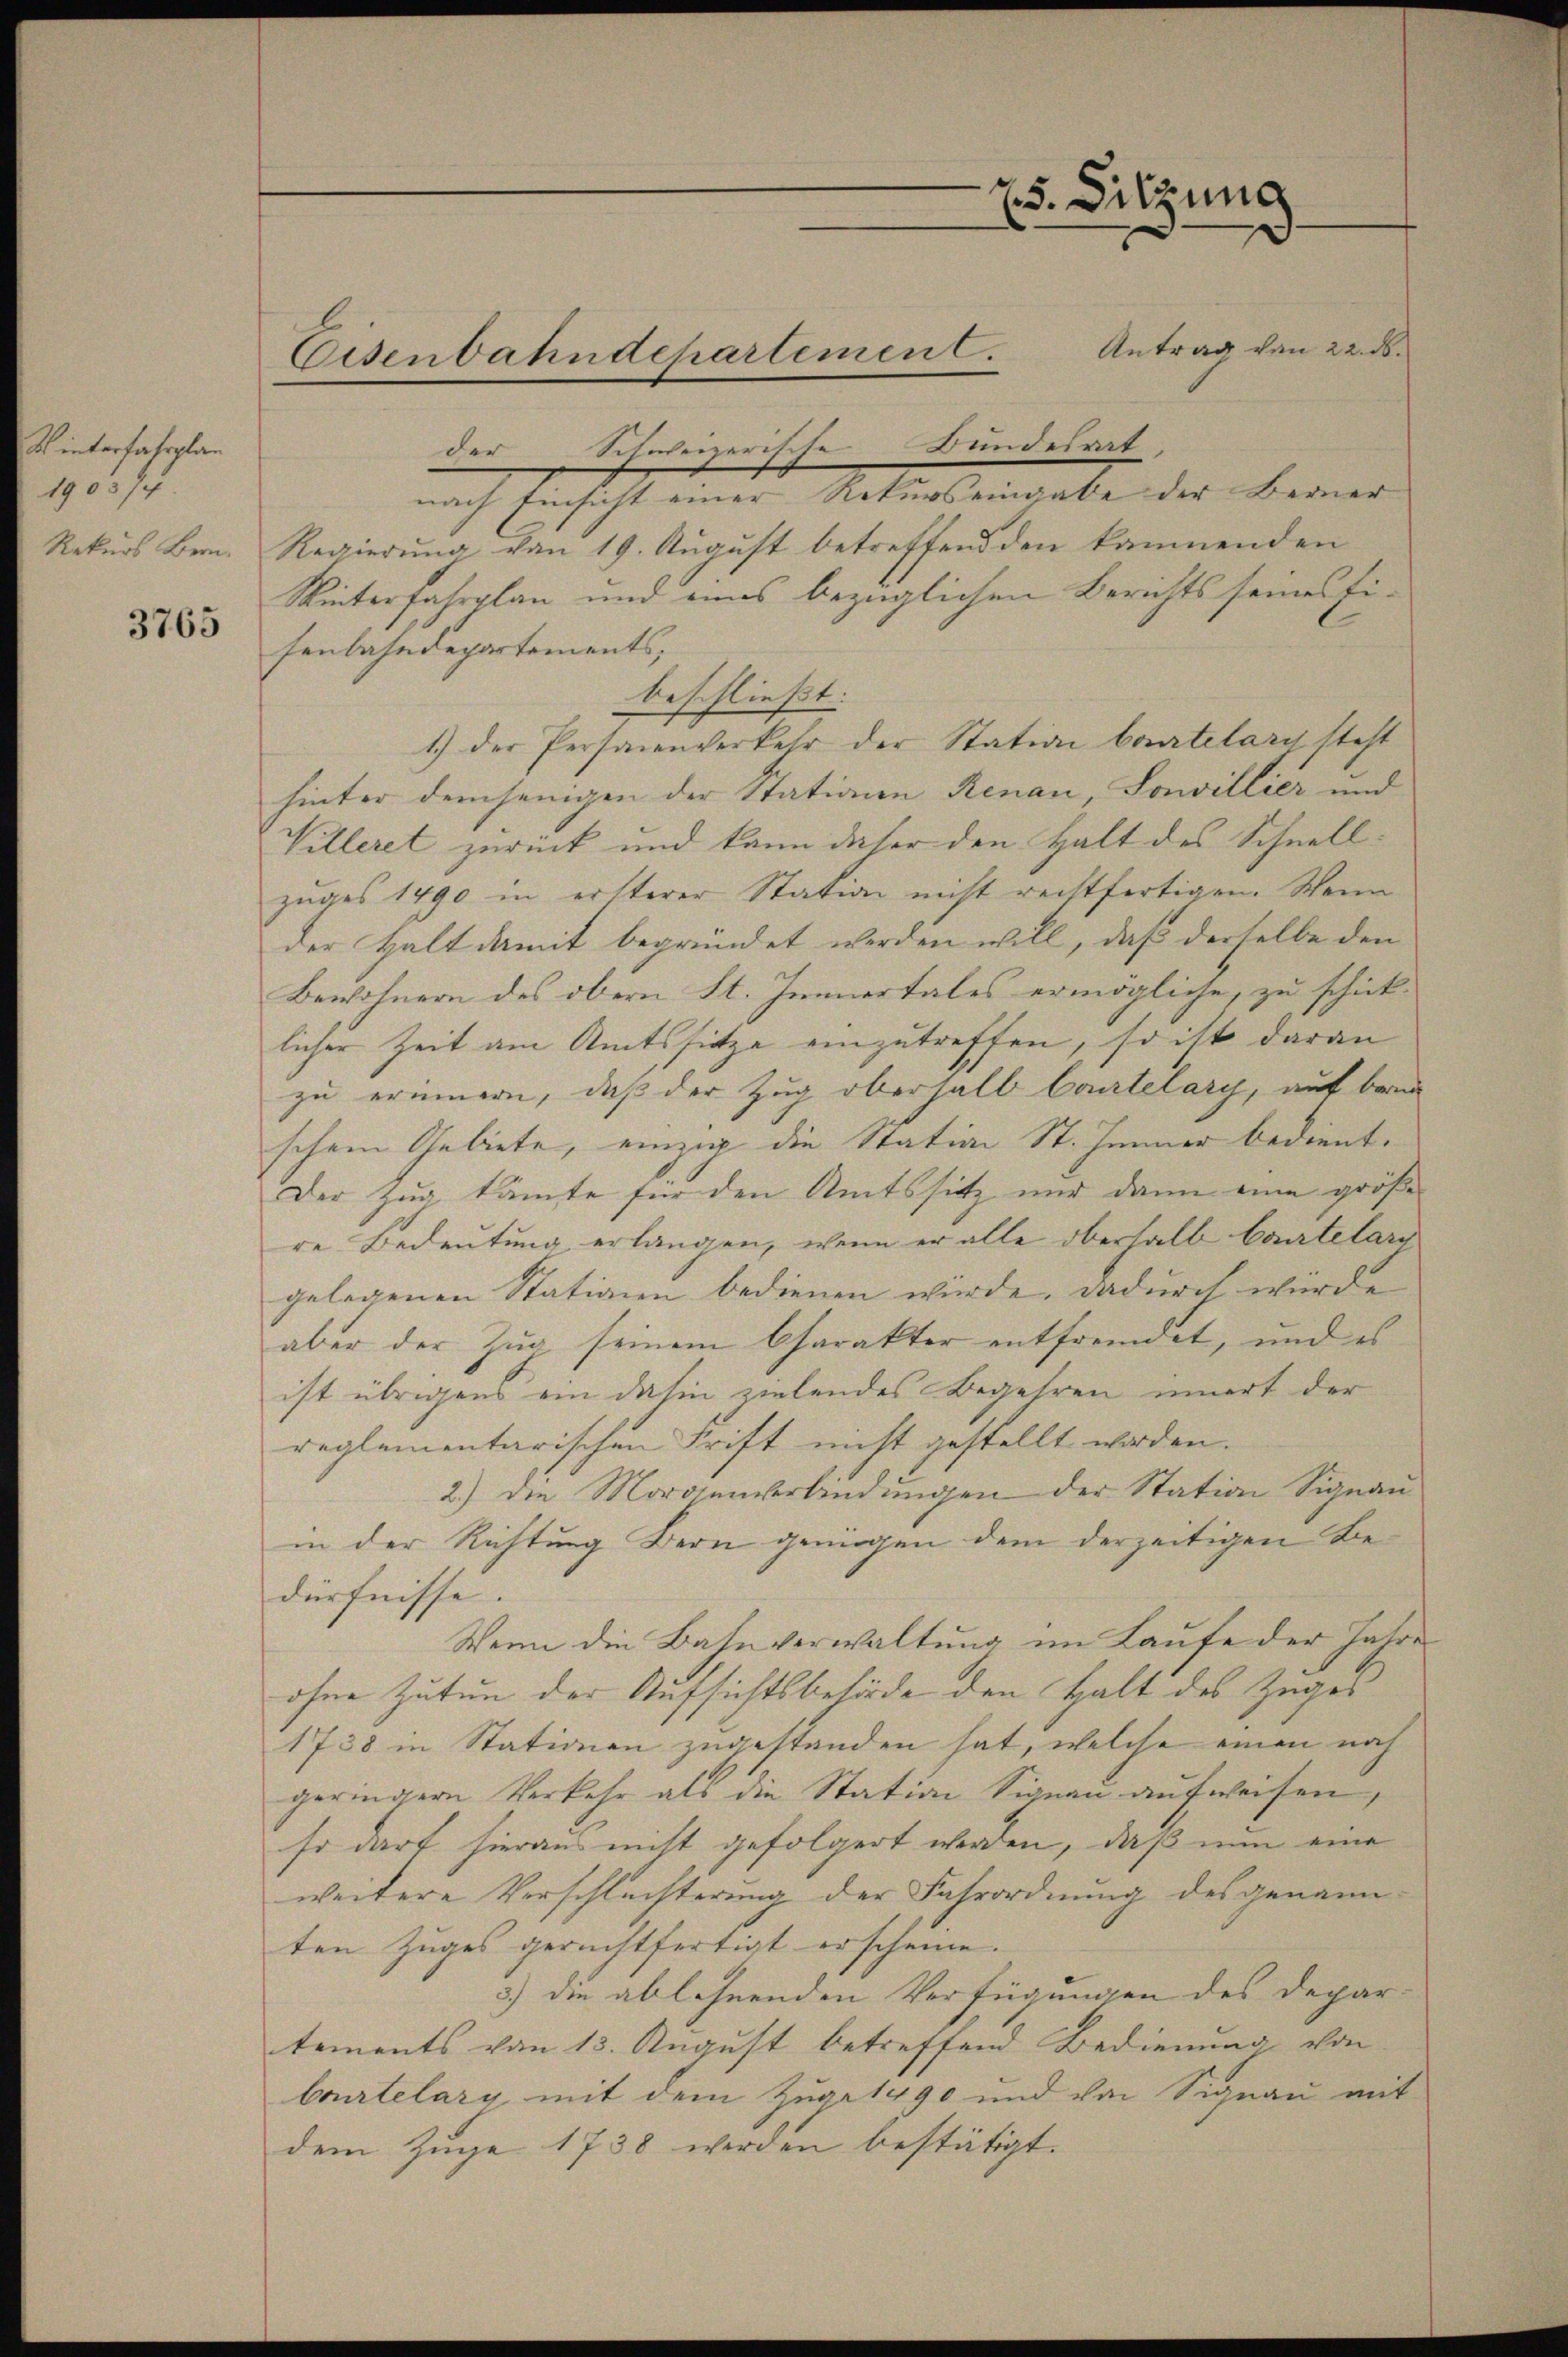
ds interfahrplan
1903/4
Rekurs Bern.
3765

Eisenbahndepartement.

25. Sitzung

Antrag von 22. ds.
der Schweizeriste Bundesrat |
nach Einsicht einer Rekurs eingabe der Berner |
Regierung von 19. August betreffend den käunenden
Winterfahrplan und eines bezüglichen Berichts seines Fisenbahndepartements,
beschließt:
1.) Der Personenverkehr der Station beurtelarch steht
hinter demjenigen der Stationen Renau, Sonvillier und
Villeret zurück und kann daher den Halt des Schnellzuges 1490 in ersterer Station nicht rechtfertigen. Wenn
der Halt damit begründet werden will, daß derselbe den
Bewohnern des obern St. Immertales ermögliche, zu schick-
licher Zeit am Amtssitze einzutreffen, so ist daran
zu erinnern, daß der Zug oberhalb Contelary, auf beru
schem Gebiete, einzig die Station St. Jenner bedient.
Der Zug kämte für den Amtssitz nur dann eine größe
re Bedeutung erlangen, wenn er alle oberhalb bautelarr
gelegenen Stationen bedienen würde. Dadurch wurde
aber der Zug seinem Charakter entfremdet, und es
ist übrigens ein dahin zielendes Begehren innert der
reglementarischen Frist nicht gestellt werden.
2.) Die Morgenverbindungen der Station Signan
in der Richtung Bern genügen dem derzeitigen Bedürfnisse.
Wenn die Bahnverwaltung im Laufe der Jahre
ohne Zutun der Aufsichtsbehörde den Halt des Zuges
1738 in Stationen zugestanden hat, welche einen noch
geringern Verkehr als die Station Signau aufweisen,
so dart hieran nicht gefolgert werden, daß nun eine
weitere Verschlechterung der Fahrordnung des genann
ten Zuges gerechtfertigt erscheine.
3) die ablehnenden Verfügungen des Departements von 13. August betreffend Bedienung von
bautelary mit dem Zuge 1490 und von Signau mit
dem Zuge 1738 werden bestätigt.